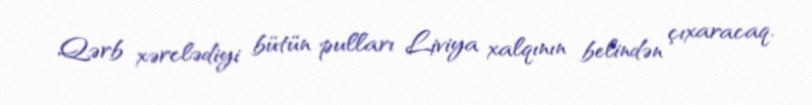
Qərb xərclədiyi bütün pulları Liviya xalqının belindən çıxaracaq.